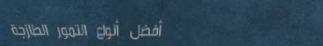
أفضل أنواع التمور الطازجة